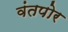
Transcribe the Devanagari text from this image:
वंतपोर